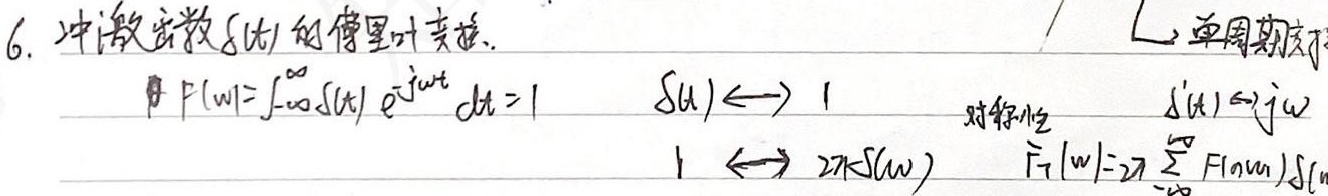
6.  冲激函数$\delta(t)$的傅里叶变换.
$F(\omega)=\int_{-\infty}^{\infty}\delta(t) e^{-j\omega t} dt = 1$  $\delta(t)\longleftrightarrow 1$  对称性  $\delta^{\prime}(t)\longleftrightarrow j\omega$
$1\longleftrightarrow 2\pi\delta(\omega)$  $\widetilde{F}_{T}(\omega)=2\pi\sum_{n = -\infty}^{\infty}F(n\omega_{1})\delta(\omega - n\omega_{1})$  单周期技